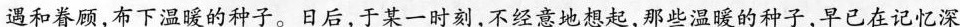
遇和眷顾，布下温暧的种子。日后，于某一时刻，不经意地想起,那些温暖的种子。早已在记忆深